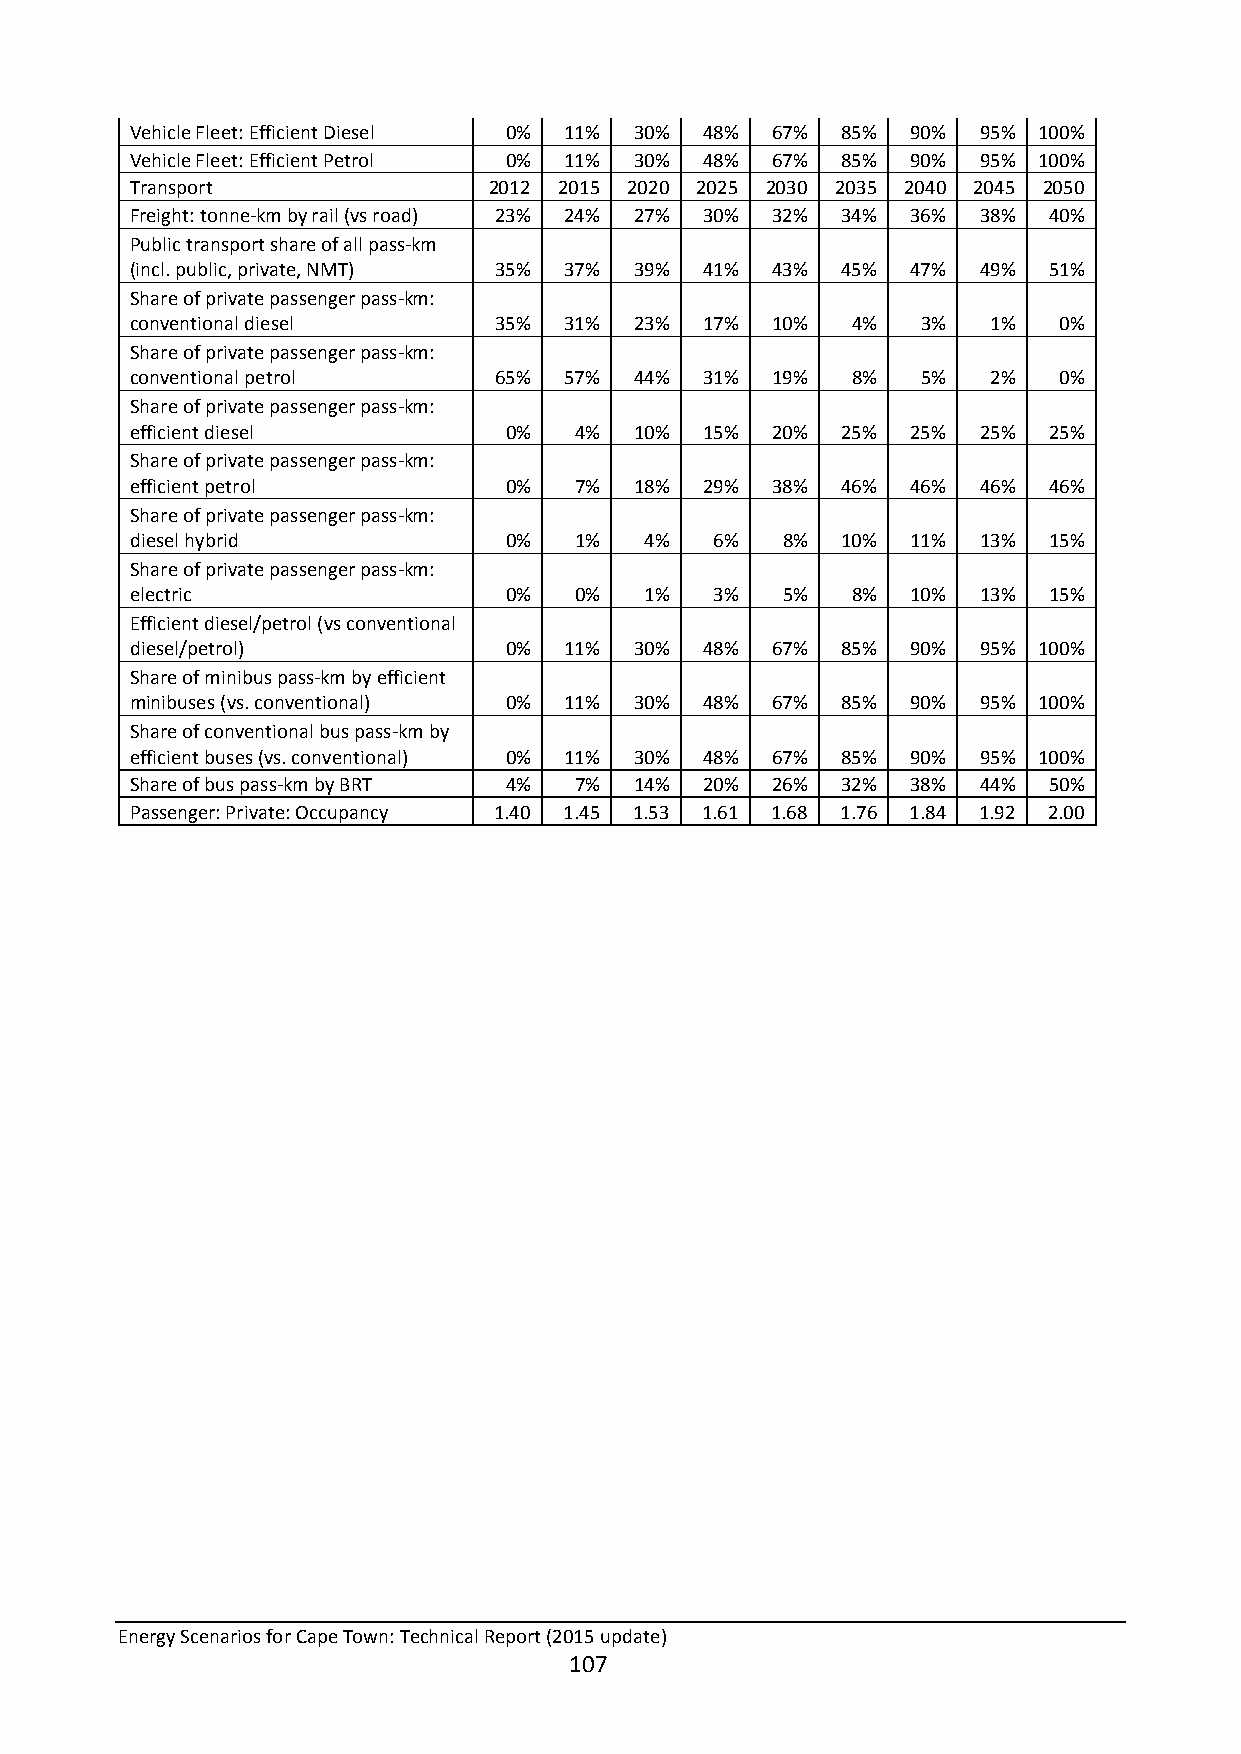
Vehicle Fleet: Efficient Diesel 0% 11% 30% 48% 67% 85% 90% 95% 100%
 Vehicle Fleet: Efficient Petrol 0% 11% 30% 48% 67% 85% 90% 95% 100%
 Transport              2012 2015 2020 2025 2030 2035 2040 2045 2050
 Freight: tonne-km by rail (vs road) 23% 24% 27% 30% 32% 34% 36% 38% 40%
 Public transport share of all pass-km
 (incl. public, private, NMT) 35% 37% 39% 41% 43% 45% 47% 49% 51%
 Share of private passenger pass-km:
 conventional diesel     35% 31%  23% 17%  10%  4%   3%   1%  0%
 Share of private passenger pass-km:
 conventional petrol     65% 57%  44% 31%  19%  8%   5%   2%  0%
 Share of private passenger pass-km:
 efficient diesel        0%   4%  10% 15%  20%  25% 25%  25% 25%
 Share of private passenger pass-km:
 efficient petrol        0%   7%  18% 29%  38%  46% 46%  46% 46%
 Share of private passenger pass-km:
 diesel hybrid           0%   1%   4%  6%   8%  10% 11%  13% 15%
 Share of private passenger pass-km:
 electric                0%   0%   1%  3%   5%  8%  10%  13% 15%
 Efficient diesel/petrol (vs conventional
 diesel/petrol)          0%  11%  30% 48%  67%  85% 90%  95% 100%
 Share of minibus pass-km by efficient
 minibuses (vs. conventional) 0% 11% 30% 48% 67% 85% 90% 95% 100%
 Share of conventional bus pass-km by
 efficient buses (vs. conventional) 0% 11% 30% 48% 67% 85% 90% 95% 100%
 Share of bus pass-km by BRT 4% 7% 14% 20% 26%  32% 38%  44% 50%
 Passenger: Private: Occupancy 1.40 1.45 1.53 1.61 1.68 1.76 1.84 1.92 2.00
 Energy Scenarios for Cape Town: Technical Report (2015 update)
 107